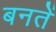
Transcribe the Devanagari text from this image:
बनतें